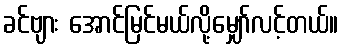
ခင်ဗျား အောင်မြင်မယ်လို့မျှော်လင့်တယ်။